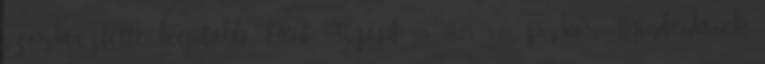
szerkesztette, legutóbb Pént. Szept. 18, 2015 1:01 pm-kor. Mindenkinek